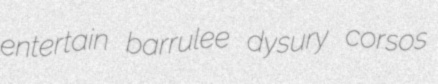
entertain barrulee dysury corsos